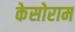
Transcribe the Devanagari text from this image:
केसोराम